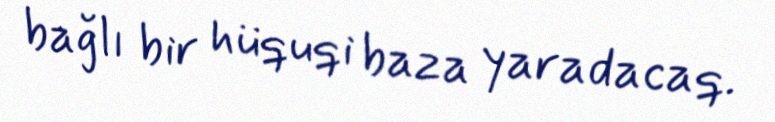
bağlı bir hüquqi baza yaradacaq.